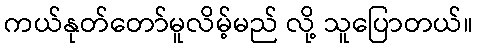
ကယ်နုတ်တော်မူလိမ့်မည် လို့ သူပြောတယ်။